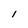
Character: l